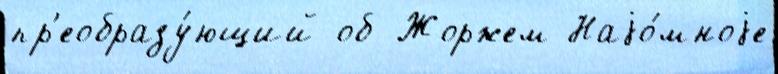
пр'еобразу́ющий об Жоржем Наjо́мноjе